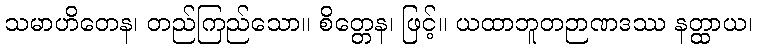
သမာဟိတေန၊ တည်ကြည်သော။ စိတ္တေန၊ ဖြင့်။ ယထာဘူတဉာဏဒဿ နတ္ထာယ၊